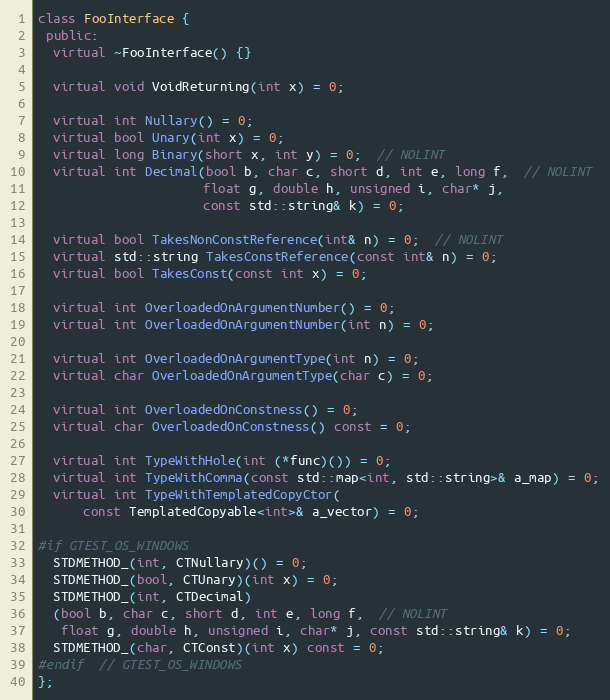
Language: C++
class FooInterface {
 public:
  virtual ~FooInterface() {}

  virtual void VoidReturning(int x) = 0;

  virtual int Nullary() = 0;
  virtual bool Unary(int x) = 0;
  virtual long Binary(short x, int y) = 0;  // NOLINT
  virtual int Decimal(bool b, char c, short d, int e, long f,  // NOLINT
                      float g, double h, unsigned i, char* j,
                      const std::string& k) = 0;

  virtual bool TakesNonConstReference(int& n) = 0;  // NOLINT
  virtual std::string TakesConstReference(const int& n) = 0;
  virtual bool TakesConst(const int x) = 0;

  virtual int OverloadedOnArgumentNumber() = 0;
  virtual int OverloadedOnArgumentNumber(int n) = 0;

  virtual int OverloadedOnArgumentType(int n) = 0;
  virtual char OverloadedOnArgumentType(char c) = 0;

  virtual int OverloadedOnConstness() = 0;
  virtual char OverloadedOnConstness() const = 0;

  virtual int TypeWithHole(int (*func)()) = 0;
  virtual int TypeWithComma(const std::map<int, std::string>& a_map) = 0;
  virtual int TypeWithTemplatedCopyCtor(
      const TemplatedCopyable<int>& a_vector) = 0;

#if GTEST_OS_WINDOWS
  STDMETHOD_(int, CTNullary)() = 0;
  STDMETHOD_(bool, CTUnary)(int x) = 0;
  STDMETHOD_(int, CTDecimal)
  (bool b, char c, short d, int e, long f,  // NOLINT
   float g, double h, unsigned i, char* j, const std::string& k) = 0;
  STDMETHOD_(char, CTConst)(int x) const = 0;
#endif  // GTEST_OS_WINDOWS
};